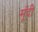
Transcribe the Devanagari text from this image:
मूँदी